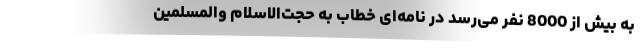
به بیش از 8000 نفر می‌رسد در نامه‌ای خطاب به حجت‌الاسلام والمسلمین